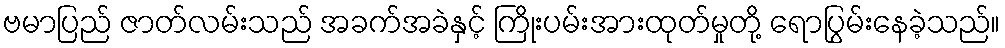
ဗမာပြည် ဇာတ်လမ်းသည် အခက်အခဲနှင့် ကြိုးပမ်းအားထုတ်မှုတို့ ရောပြွမ်းနေခဲ့သည်။